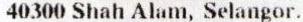
40300 SHAH ALAM, SELANGOR.